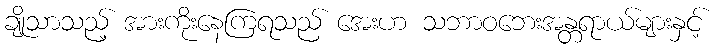
ချိုသာသည့် အားကိုးနေကြရသည် အေးဟ သဘာဝဘေးအန္တရာယ်များနှင့်